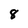
Character: 8